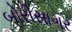
બોરીસાગર